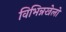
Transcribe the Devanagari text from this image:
विभिन्नखेलों